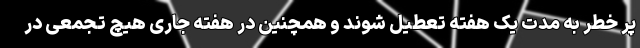
پر خطر به مدت یک هفته تعطیل شوند و همچنین در هفته جاری هیچ تجمعی در